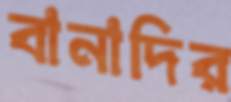
বানাদির